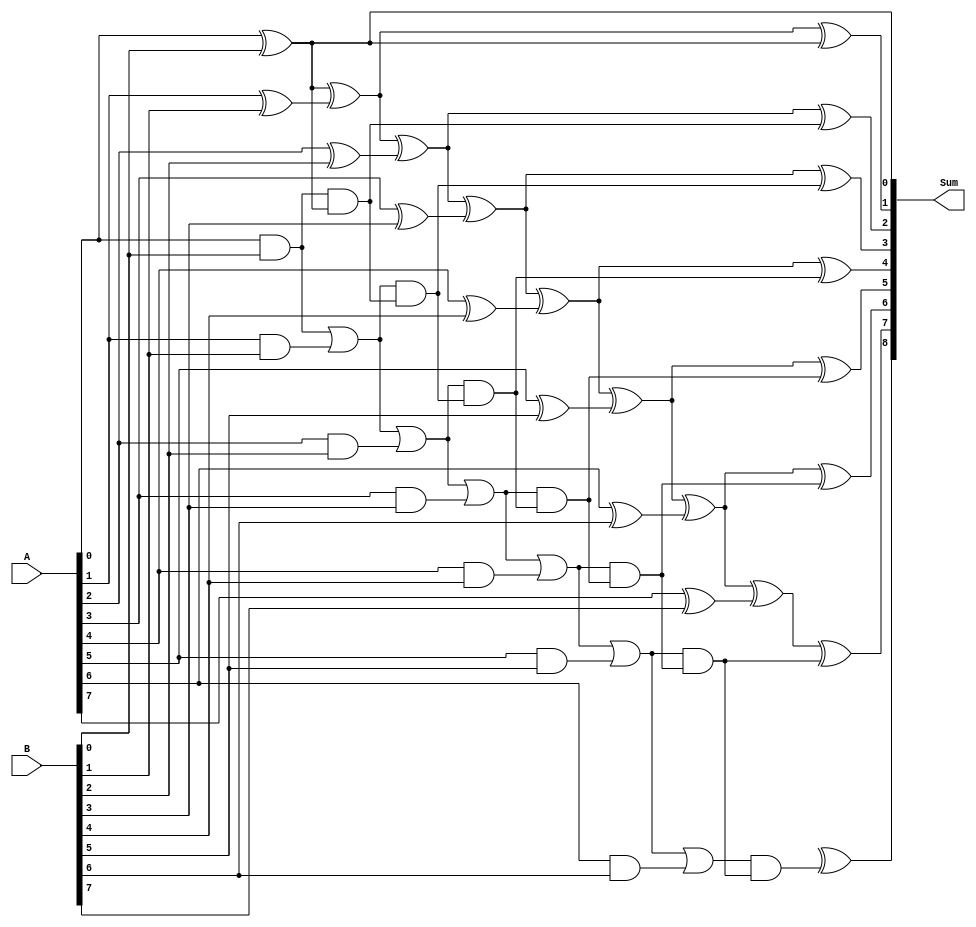
module Kogge_Stone_Adder(
  input wire [7:0] A,
  input wire [7:0] B,
  output wire [8:0] Sum
);

// Define internal signals
wire [7:0] G[7:0];
wire [7:0] P[7:0];
wire [8:0] C[8:0];

// Generate G and P signals
assign G[0] = A[0] & B[0];
assign P[0] = A[0] ^ B[0];
generate
  genvar i;
  for (i = 1; i < 8; i = i + 1) begin
    assign G[i] = G[i-1] | (A[i] & B[i]);
    assign P[i] = P[i-1] ^ (A[i] ^ B[i]);
  end
endgenerate

// Generate carry signals
assign C[0] = 0;
assign C[1] = P[0] | (G[0] & 0);
generate
  genvar i;
  for (i = 2; i < 9; i = i + 1) begin
    assign C[i] = G[i-2] & C[i-1];
  end
endgenerate

// Generate sum output
assign Sum[0] = P[0] ^ 0;
generate
  genvar i;
  for (i = 1; i < 9; i = i + 1) begin
    assign Sum[i] = P[i] ^ C[i];
  end
endgenerate

endmodule